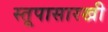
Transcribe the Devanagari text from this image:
स्तूपासारखी